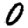
Digit: 0